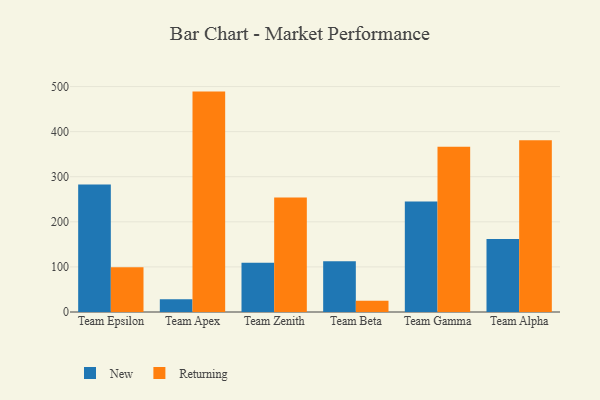
{"axis": {"x": "Team", "y": "Demand Index"}, "legend": ["New", "Returning"], "data": [{"x": "Team Epsilon", "y": 283.0, "type": "New"}, {"x": "Team Epsilon", "y": 99.2, "type": "Returning"}, {"x": "Team Apex", "y": 28.1, "type": "New"}, {"x": "Team Apex", "y": 488.8, "type": "Returning"}, {"x": "Team Zenith", "y": 109.1, "type": "New"}, {"x": "Team Zenith", "y": 253.7, "type": "Returning"}, {"x": "Team Beta", "y": 112.4, "type": "New"}, {"x": "Team Beta", "y": 25.1, "type": "Returning"}, {"x": "Team Gamma", "y": 245.3, "type": "New"}, {"x": "Team Gamma", "y": 366.5, "type": "Returning"}, {"x": "Team Alpha", "y": 161.8, "type": "New"}, {"x": "Team Alpha", "y": 380.8, "type": "Returning"}]}